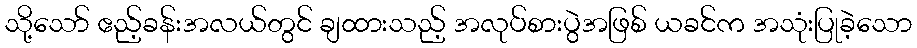
သို့သော် ဧည့်ခန်းအလယ်တွင် ချထားသည့် အလုပ်စားပွဲအဖြစ် ယခင်က အသုံးပြုခဲ့သော